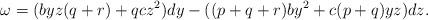
LaTeX: \begin{align*}\omega =(byz(q+r)+qcz^2)dy-((p+q+r)by^2+c(p+q)yz)dz. \end{align*}